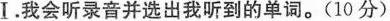
I.我会听录音并选出我听到的单词。(10分)